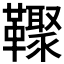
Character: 𩍧